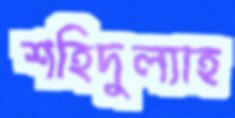
শহিদুল্যাহ